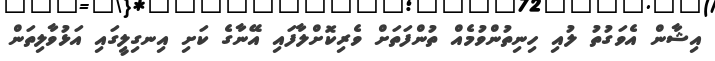
އިޝާން އެވަގުތު ލުއި ހިނިތުންވުމެއް ތުންފަތަށް ވެރިކޮށްލާފައި އޭނާގެ ކަށި އިނގިލީގައި އަޅުވާލިތަން